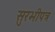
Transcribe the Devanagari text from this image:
सुरभीपत्र